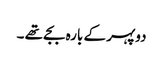
دوپہر کے بارہ بجے تھے ۔